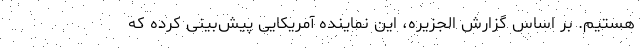
هستیم. بر اساس گزارش الجزیره، این نماینده آمریکایی پیش‌بینی کرده که